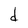
Character: d